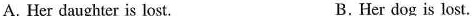
A.Her daughter is lost. B.Her dog is lost.